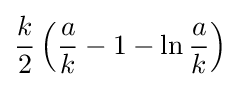
{\frac {k}{2}}\left({\frac {a}{k}}-1-\ln {\frac {a}{k}}\right)